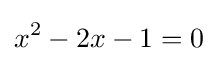
x^{2}-2x-1=0